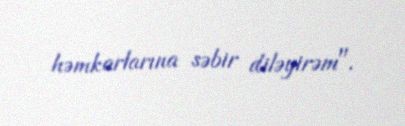
həmkarlarına səbir diləyirəm".